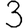
Digit: 3